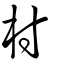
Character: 村